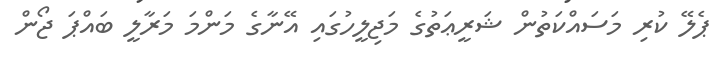
ޕެލޭ ކުރި މަސައްކަތުން ޝަރީޢަތުގެ މަޖިލީހުގައި އޭނާގެ މަންމަ މަރާލީ ބައްޕަ ޖޯން